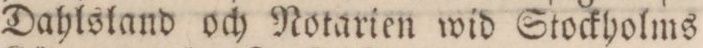
Dahlsland och Notarien wid Stockholms